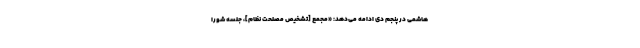
هاشمی در پنجم دی ادامه می‌دهد: «مجمع [تشخیص ‌مصلحت نظام]، جلسه شورا